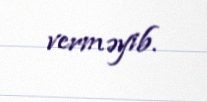
verməyib.